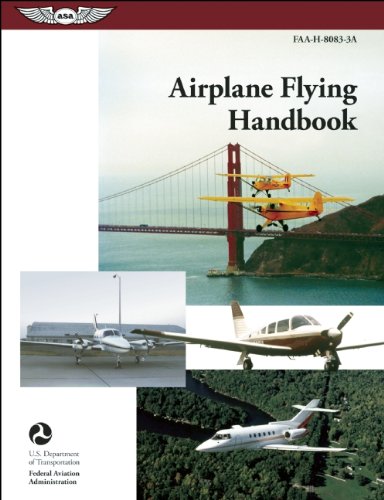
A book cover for Airplane Flying Handbook: ASA FAA-H-8083-3A (FAA Handbooks series); Federal Aviation Administration (FAA)/Aviation Supplies & Academics (ASA); Engineering & Transportation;